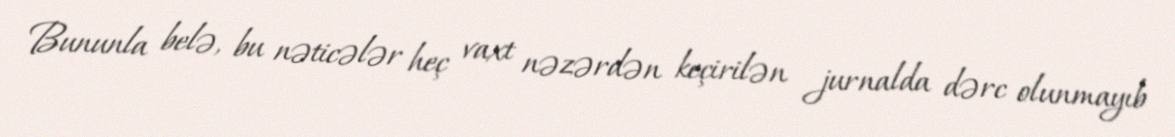
Bununla belə, bu nəticələr heç vaxt nəzərdən keçirilən jurnalda dərc olunmayıb